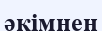
әкімнен